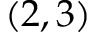
( 2 , 3 )